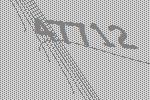
47712